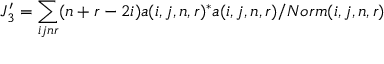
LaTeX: J _ { 3 } ^ { \prime } = \sum _ { i j n r } ( n + r - 2 i ) a ( i , j , n , r ) ^ { * } a ( i , j , n , r ) / N o r m ( i , j , n , r )